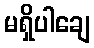
မရှိပါချေ